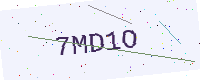
Text: 7MD1O